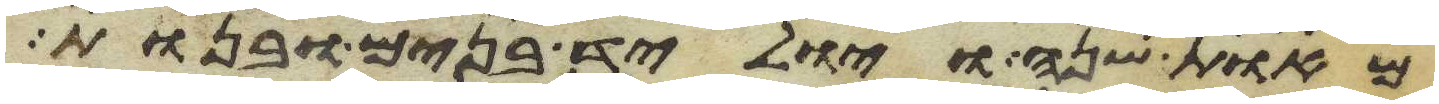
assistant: מאות שנה ויוליד בנים ובנות